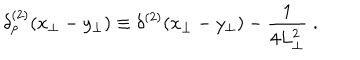
\delta _ { p } ^ { ( 2 ) } ( x _ { \perp } - y _ { \perp } ) \equiv \delta ^ { ( 2 ) } ( x _ { \perp } - y _ { \perp } ) - { \frac { 1 } { 4 L _ { \perp } ^ { 2 } } } \; .